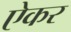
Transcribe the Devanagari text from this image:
ऐकर